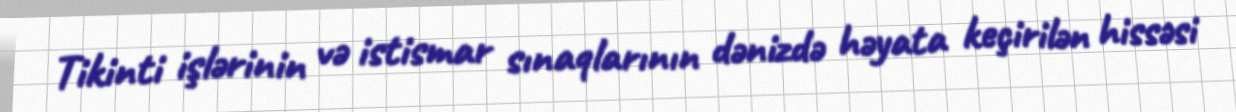
Tikinti işlərinin və istismar sınaqlarının dənizdə həyata keçirilən hissəsi